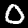
Label: 0